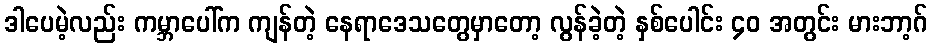
ဒါပေမဲ့လည်း ကမ္ဘာပေါ်က ကျန်တဲ့ နေရာဒေသတွေမှာတော့ လွန်ခဲ့တဲ့ နှစ်ပေါင်း ၄၀ အတွင်း မားဘာ့ဂ်